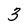
Character: 3